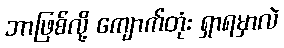
ဘာဖြစ်လို့ ကျောက်တုံး ရှာရမှာလဲ